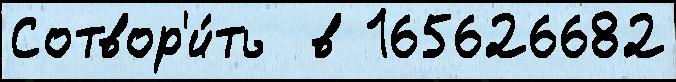
Сотвор'и́ть  в 165626682